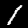
Label: 1